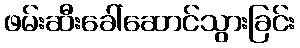
ဖမ်းဆီးခေါ်ဆောင်သွားခြင်း